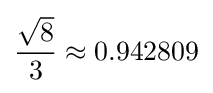
{\frac {\sqrt {8}}{3}}\approx 0.942809